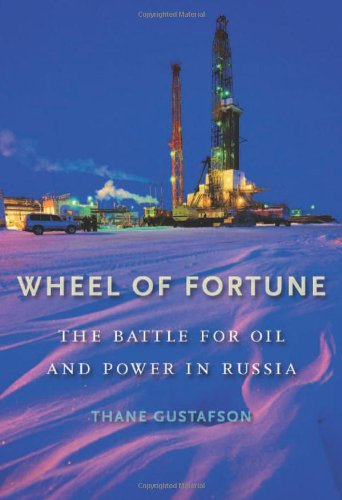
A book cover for Wheel of Fortune: The Battle for Oil and Power in Russia; Thane Gustafson; Business & Money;